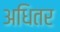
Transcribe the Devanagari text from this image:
अधितर